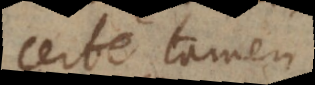
certe tamen